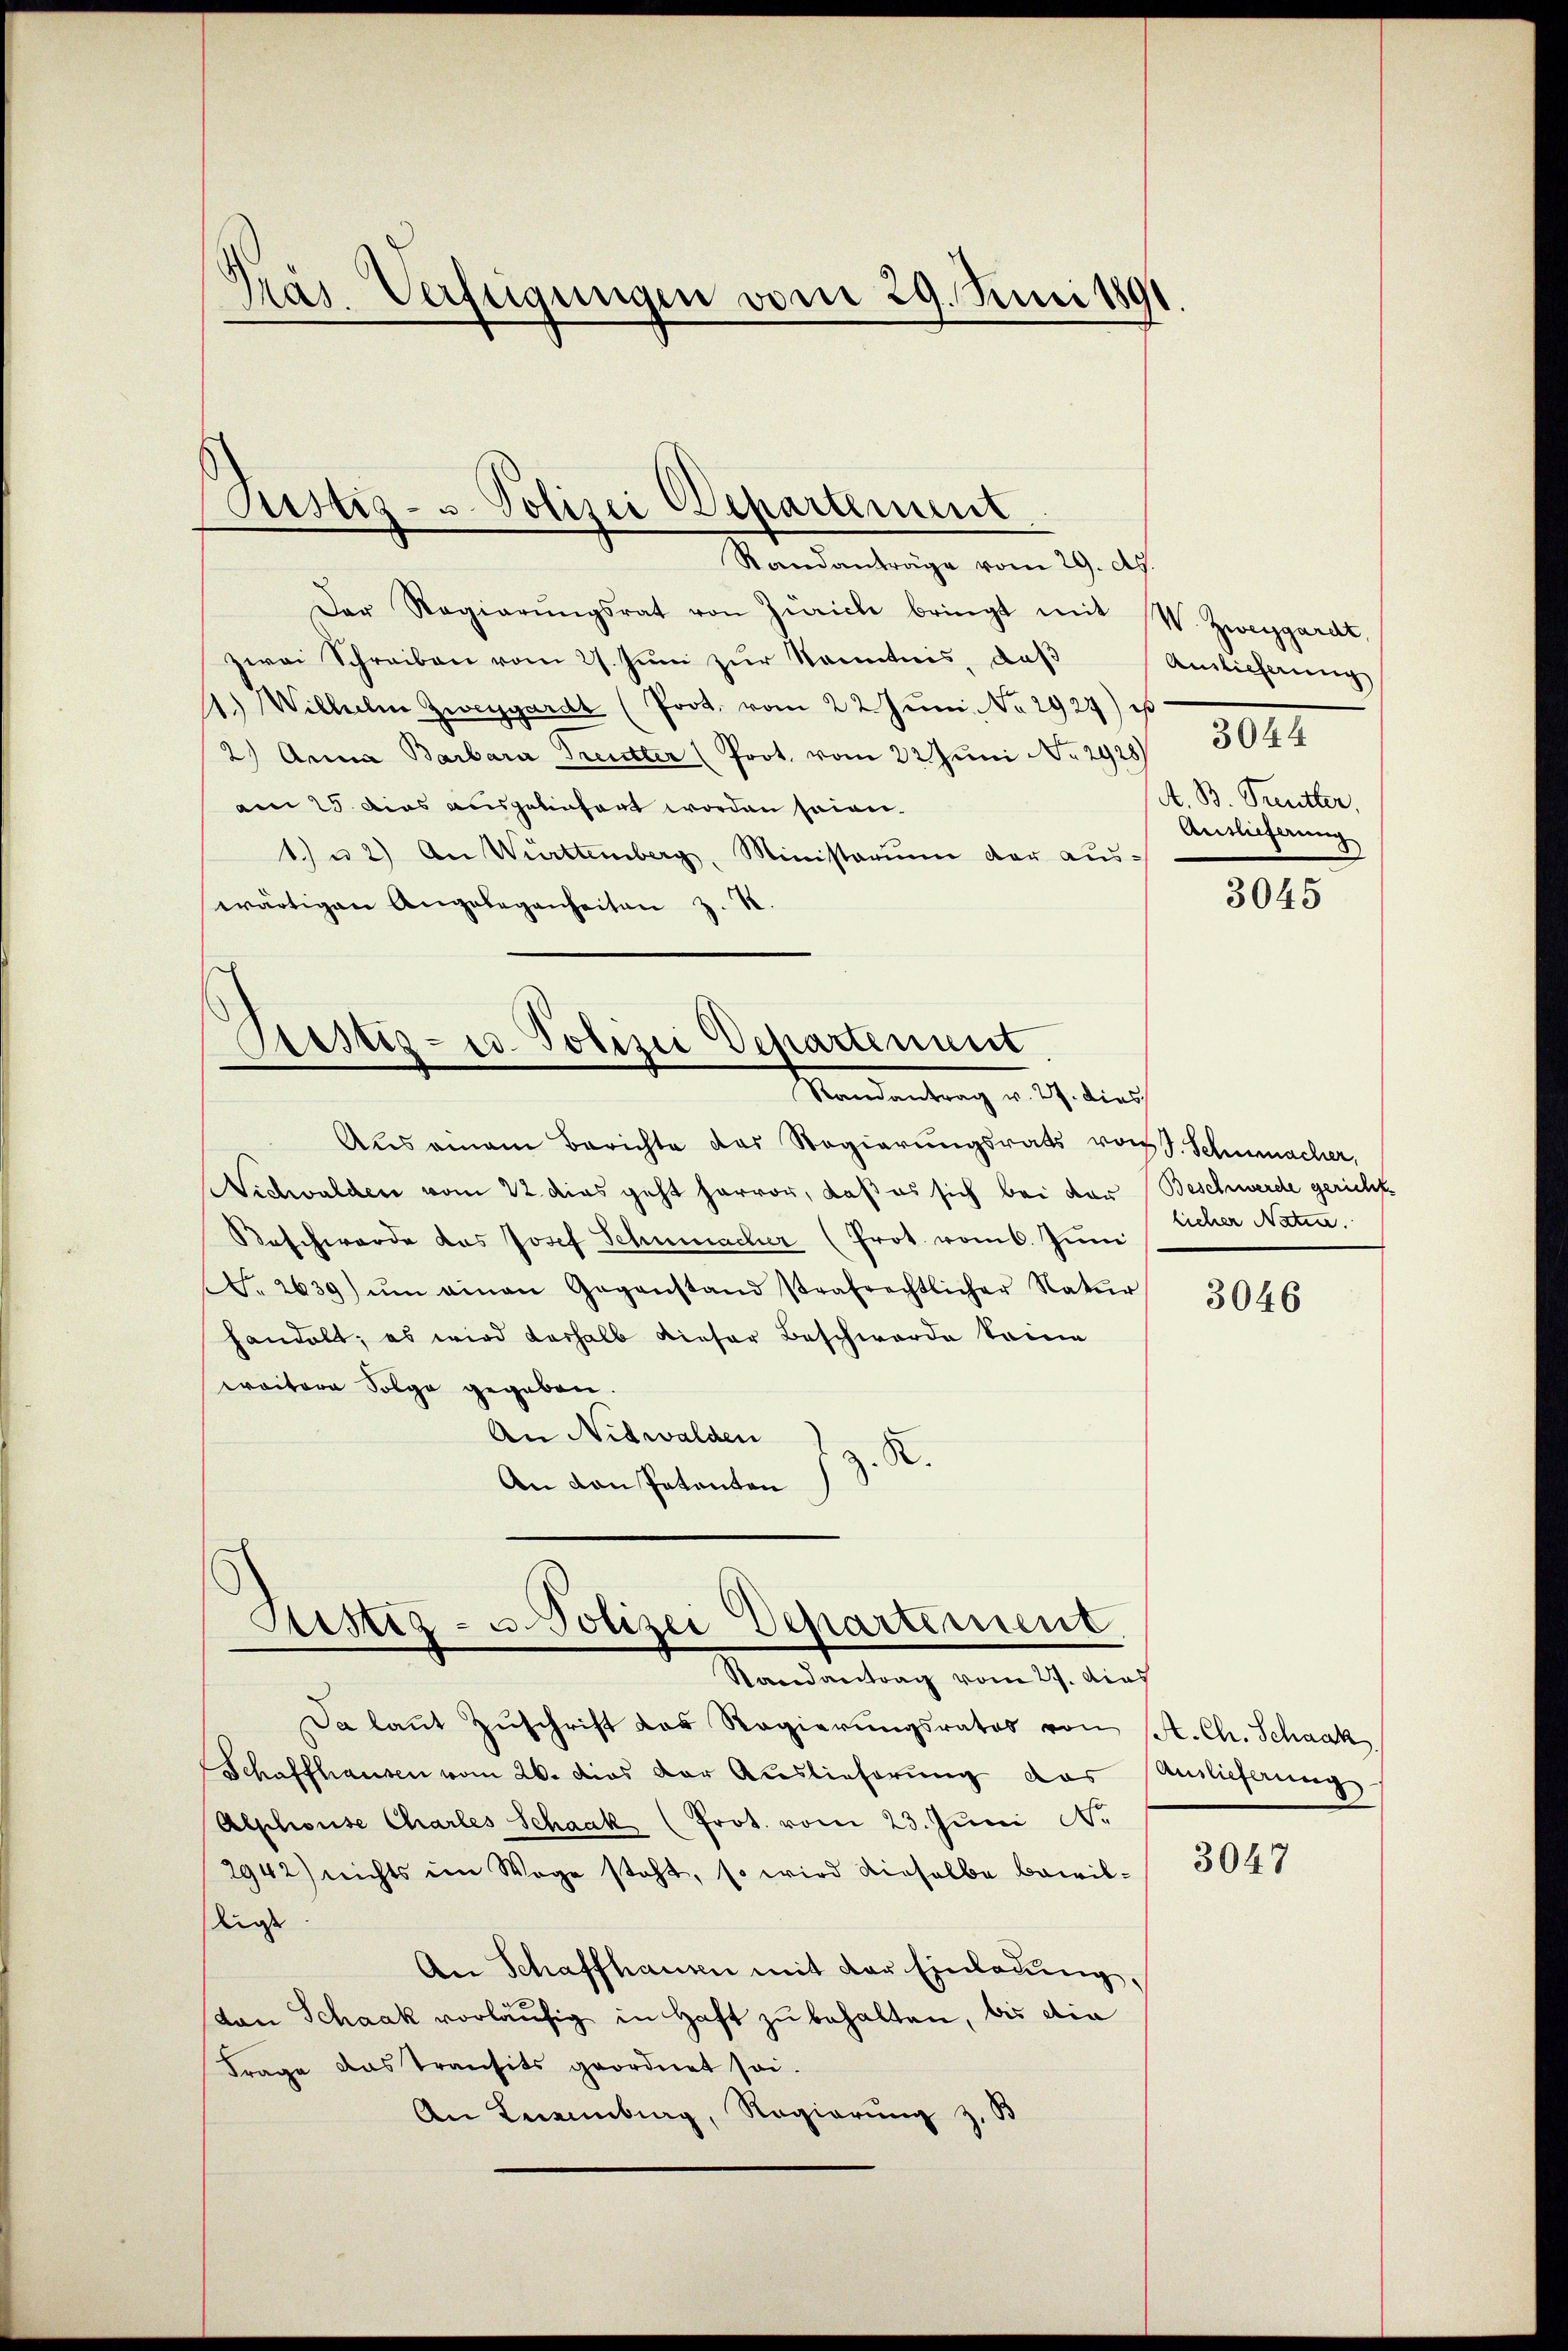
Präs. Verfügungen vom 29. Juni 1891

Der Regierŭngsrat von Zürich bringt mit W. Zweygardt
zwei Schreiben vom 27. Juni zur Kenntnis, daß
1.) Wilhelm Zweygardt (Prot. vom 22. Jŭni No 2927) ist
2.) Anna Barbara Treutter (Prot. vom 22 Juni No 2928)
am 25. Dies ausgelinhart worden seien.
1.) u. 2) An Württemberg, Ministerium der auswärtigen Angelegenheiten z. B.

Justiz- u. Polizei Departement
Randanträge vom 29. Ap.

Ristiz-co. Polizei Departement.
Mandantrag v. 9. diech

Sistig - u. Polizei Departement
Randantrag vom 27. dies

Aus einem Berichte das Regierŭngsrats von S. Schumacher,
Nidwalden vom 22. dies geht hervor, daß es sich bei der Beschwerde gerichte
Beschwerde das Josef Schumacher (Prot. vom 6. Juni
N. 2639) ŭm einen Gegenstand strafrechtlicher Natŭr
handelt; es wird deshalb dieser Beschwerde keine
weitere Folge gegeben.
An Nidwalden
R.
An von Patenten

Da laŭt Zŭschrift das Regierungsrates von A. Ch. Schaak
Schaffhausen vom 26. dies der Auslieferung das Sanlieferung
Alphonse Charles Schaak (Prot. vom 23. Jŭni Nr.
2942) nichts im Wege steht, so wird dieselbe bewilliess
An Schaffhausen mit der Einladung.
don Schaak vorläufig in Haft zu behalten, bis die
Frage das Transits geordnet sei.
An Neuenburg, Regierung z. B

Auslieferung
3021
A. B. Treutter,
Auslieferung

3045

licher Natin.

3046

3047